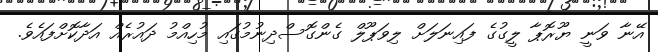
އޭނާ ވަނީ ޔޫރޮޕާ ލީގުގެ ފައިނަލަށް ލިވަޕޫލް ގެންގޮސްދިނުމުގައި މުހިއްމު ދައުރެއް އަދާކޮށްފައެވެ.